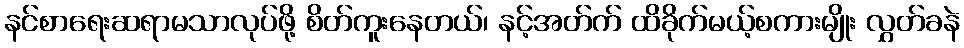
နင်စာရေးဆရာမသာလုပ်ဖို့ စိတ်ကူးနေတယ်၊ နင့်အတ်က် ထိခိုက်မယ့်စကားမျိုး လွှတ်ခနဲ